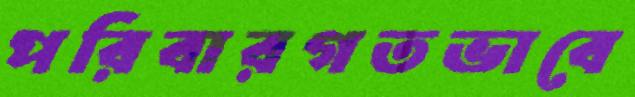
পরিবারগতভাবে